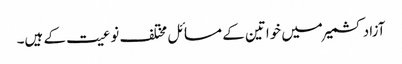
آزاد کشمیر میں خواتین کے مسائل مختلف نوعیت کے ہیں۔